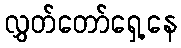
လွှတ်တော်ရှေ့နေ